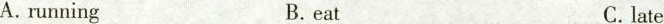
A.running B.eat C.late